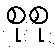
စုစု